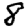
Digit: 8